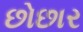
છોછાર